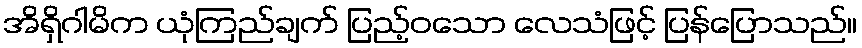
အိရှိဂါမိက ယုံကြည်ချက် ပြည့်ဝသော လေသံဖြင့် ပြန်ပြောသည်။